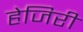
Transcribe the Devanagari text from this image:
हेजिरी